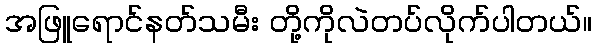
အဖြူရောင်နတ်သမီး တို့ကိုလဲတပ်လိုက်ပါတယ်။